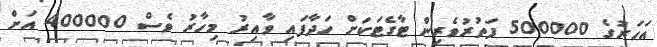
އަހަރުގެ 500000 ފަތުރުވެރިން ޓާގެޓަކަށް ހަދާފައި ވާއިރު މިހާރު ވެސް 400000 އަށް